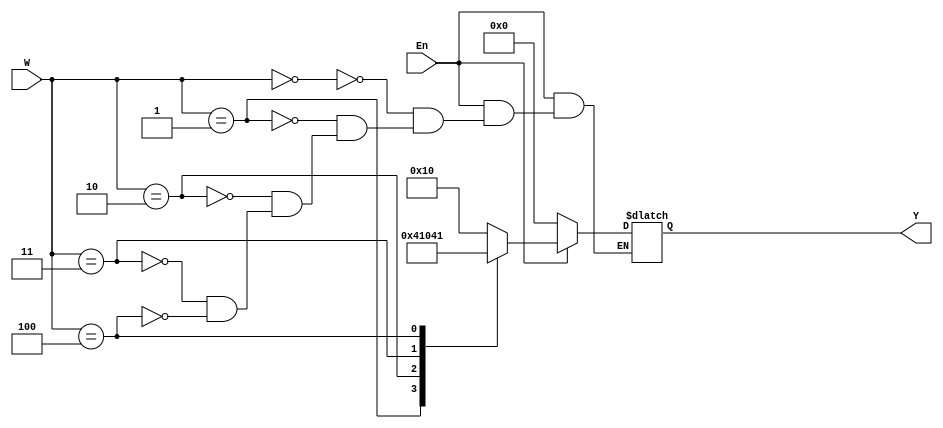
module dec3to5(W, En, Y);
	input [2:0] W;
	input En;
	output reg [0:4] Y;
	
	always @(W or En) begin
		if (En == 1) case (W)
				3'b000: Y = 5'b10000;
				3'b001: Y = 5'b01000;
				3'b010: Y = 5'b00100;
				3'b011: Y = 5'b00010;
				3'b100: Y = 5'b00001;
			endcase
		else Y = 5'b00000;
	end
	
endmodule